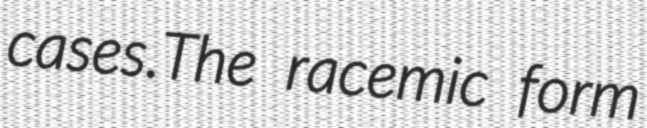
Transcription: cases.The racemic form